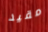
مقيد